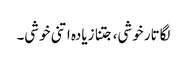
لگاتار خوشی، جتنا زیادہ اتنی خوشی۔